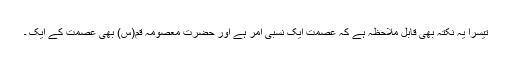
تیسرا یہ نکتہ بھی قابل ملاحظہ ہے کہ عصمت ایک نسبی امر ہے اور حضرت معصومہ قم(س) بھی عصمت کے ایک ۔